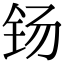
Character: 钖